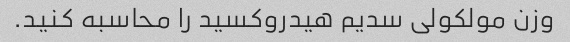
وزن مولکولی سدیم هیدروکسید را محاسبه کنید.